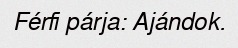
Férfi párja: Ajándok.